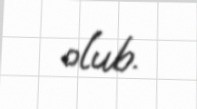
olub.